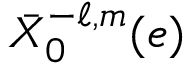
\bar { X } _ { 0 } ^ { - \ell , m } ( e )